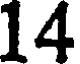
14